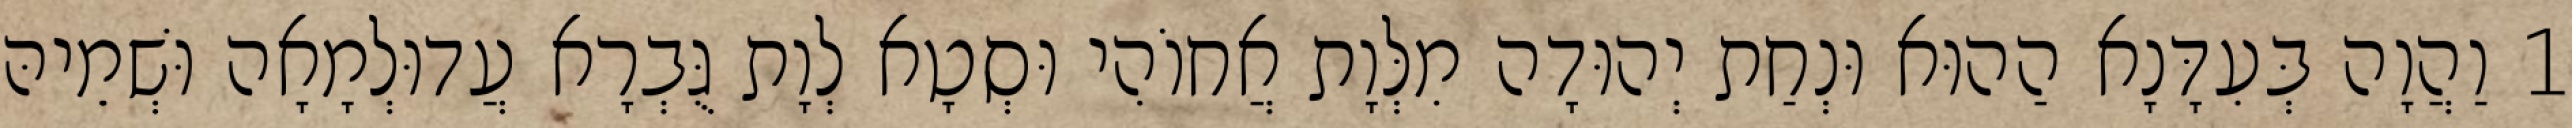
1 וַהֲוָה בְּעִדָּנָא הַהוּא וּנְחַת יְהוּדָה מִלְּוָת אֲחוֹהִי וּסְטָא לְוָת גֻּבְרָא עֲדוּלְמָאָה וּשְׁמֵיהּ